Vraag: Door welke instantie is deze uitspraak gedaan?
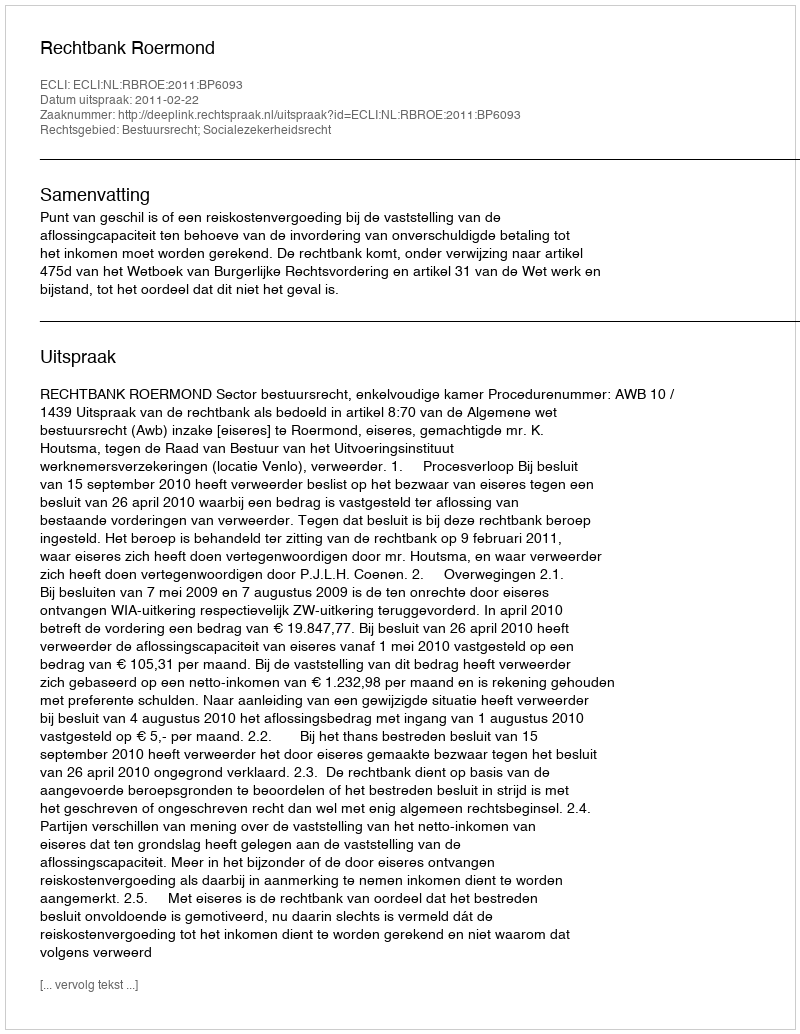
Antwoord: Rechtbank Roermond